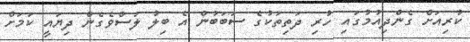
ކުރިއަށް ގެންދިއުމުގައި ހުރި ދަތިތަކުގެ ސަބަބުން އެ ބިލު ލަސްވެގެން ދިޔައީ ކަމަށް